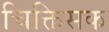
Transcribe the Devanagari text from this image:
चिक्तिसक